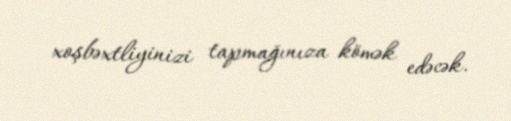
xoşbəxtliyinizi tapmağınıza kömək edəcək.